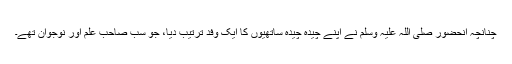
چنانچہ آنحضور صلی اللہ علیہ وسلم نے اپنے چیدہ چیدہ ساتھیوں کا ایک وفد ترتیب دیا، جو سب صاحب ِعلم اور نوجوان تھے۔